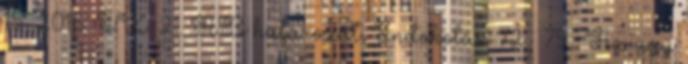
15 2016. IX. 21. AB határozat, Indokolás 72 – 79 . Az ügy